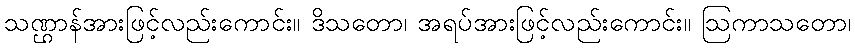
သဏ္ဌာန်အားဖြင့်လည်းကောင်း။ ဒိသတော၊ အရပ်အားဖြင့်လည်းကောင်း။ ဩကာသတော၊